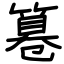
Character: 篹